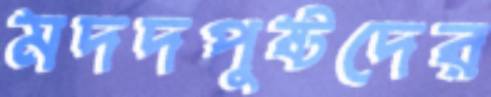
মদদপুষ্টদের